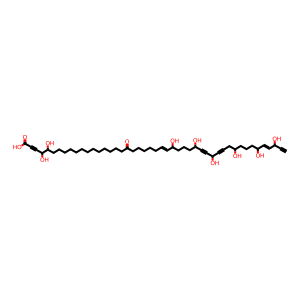
SMILES: C#CC(O)C=CC(O)CCCC(O)CC#CC(O)C#CC(O)CCCC(O)C=CCCCCCC(=O)CCCCCCCCCCCCCC(O)C(O)C#CC(=O)O
Inhibits HIV replication: No